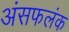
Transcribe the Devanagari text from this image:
अंसफलंक